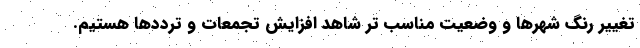
تغییر رنگ شهرها و وضعیت مناسب تر شاهد افزایش تجمعات و ترددها هستیم.